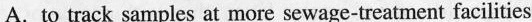
A. to track samples at more sewage-treatment facilities